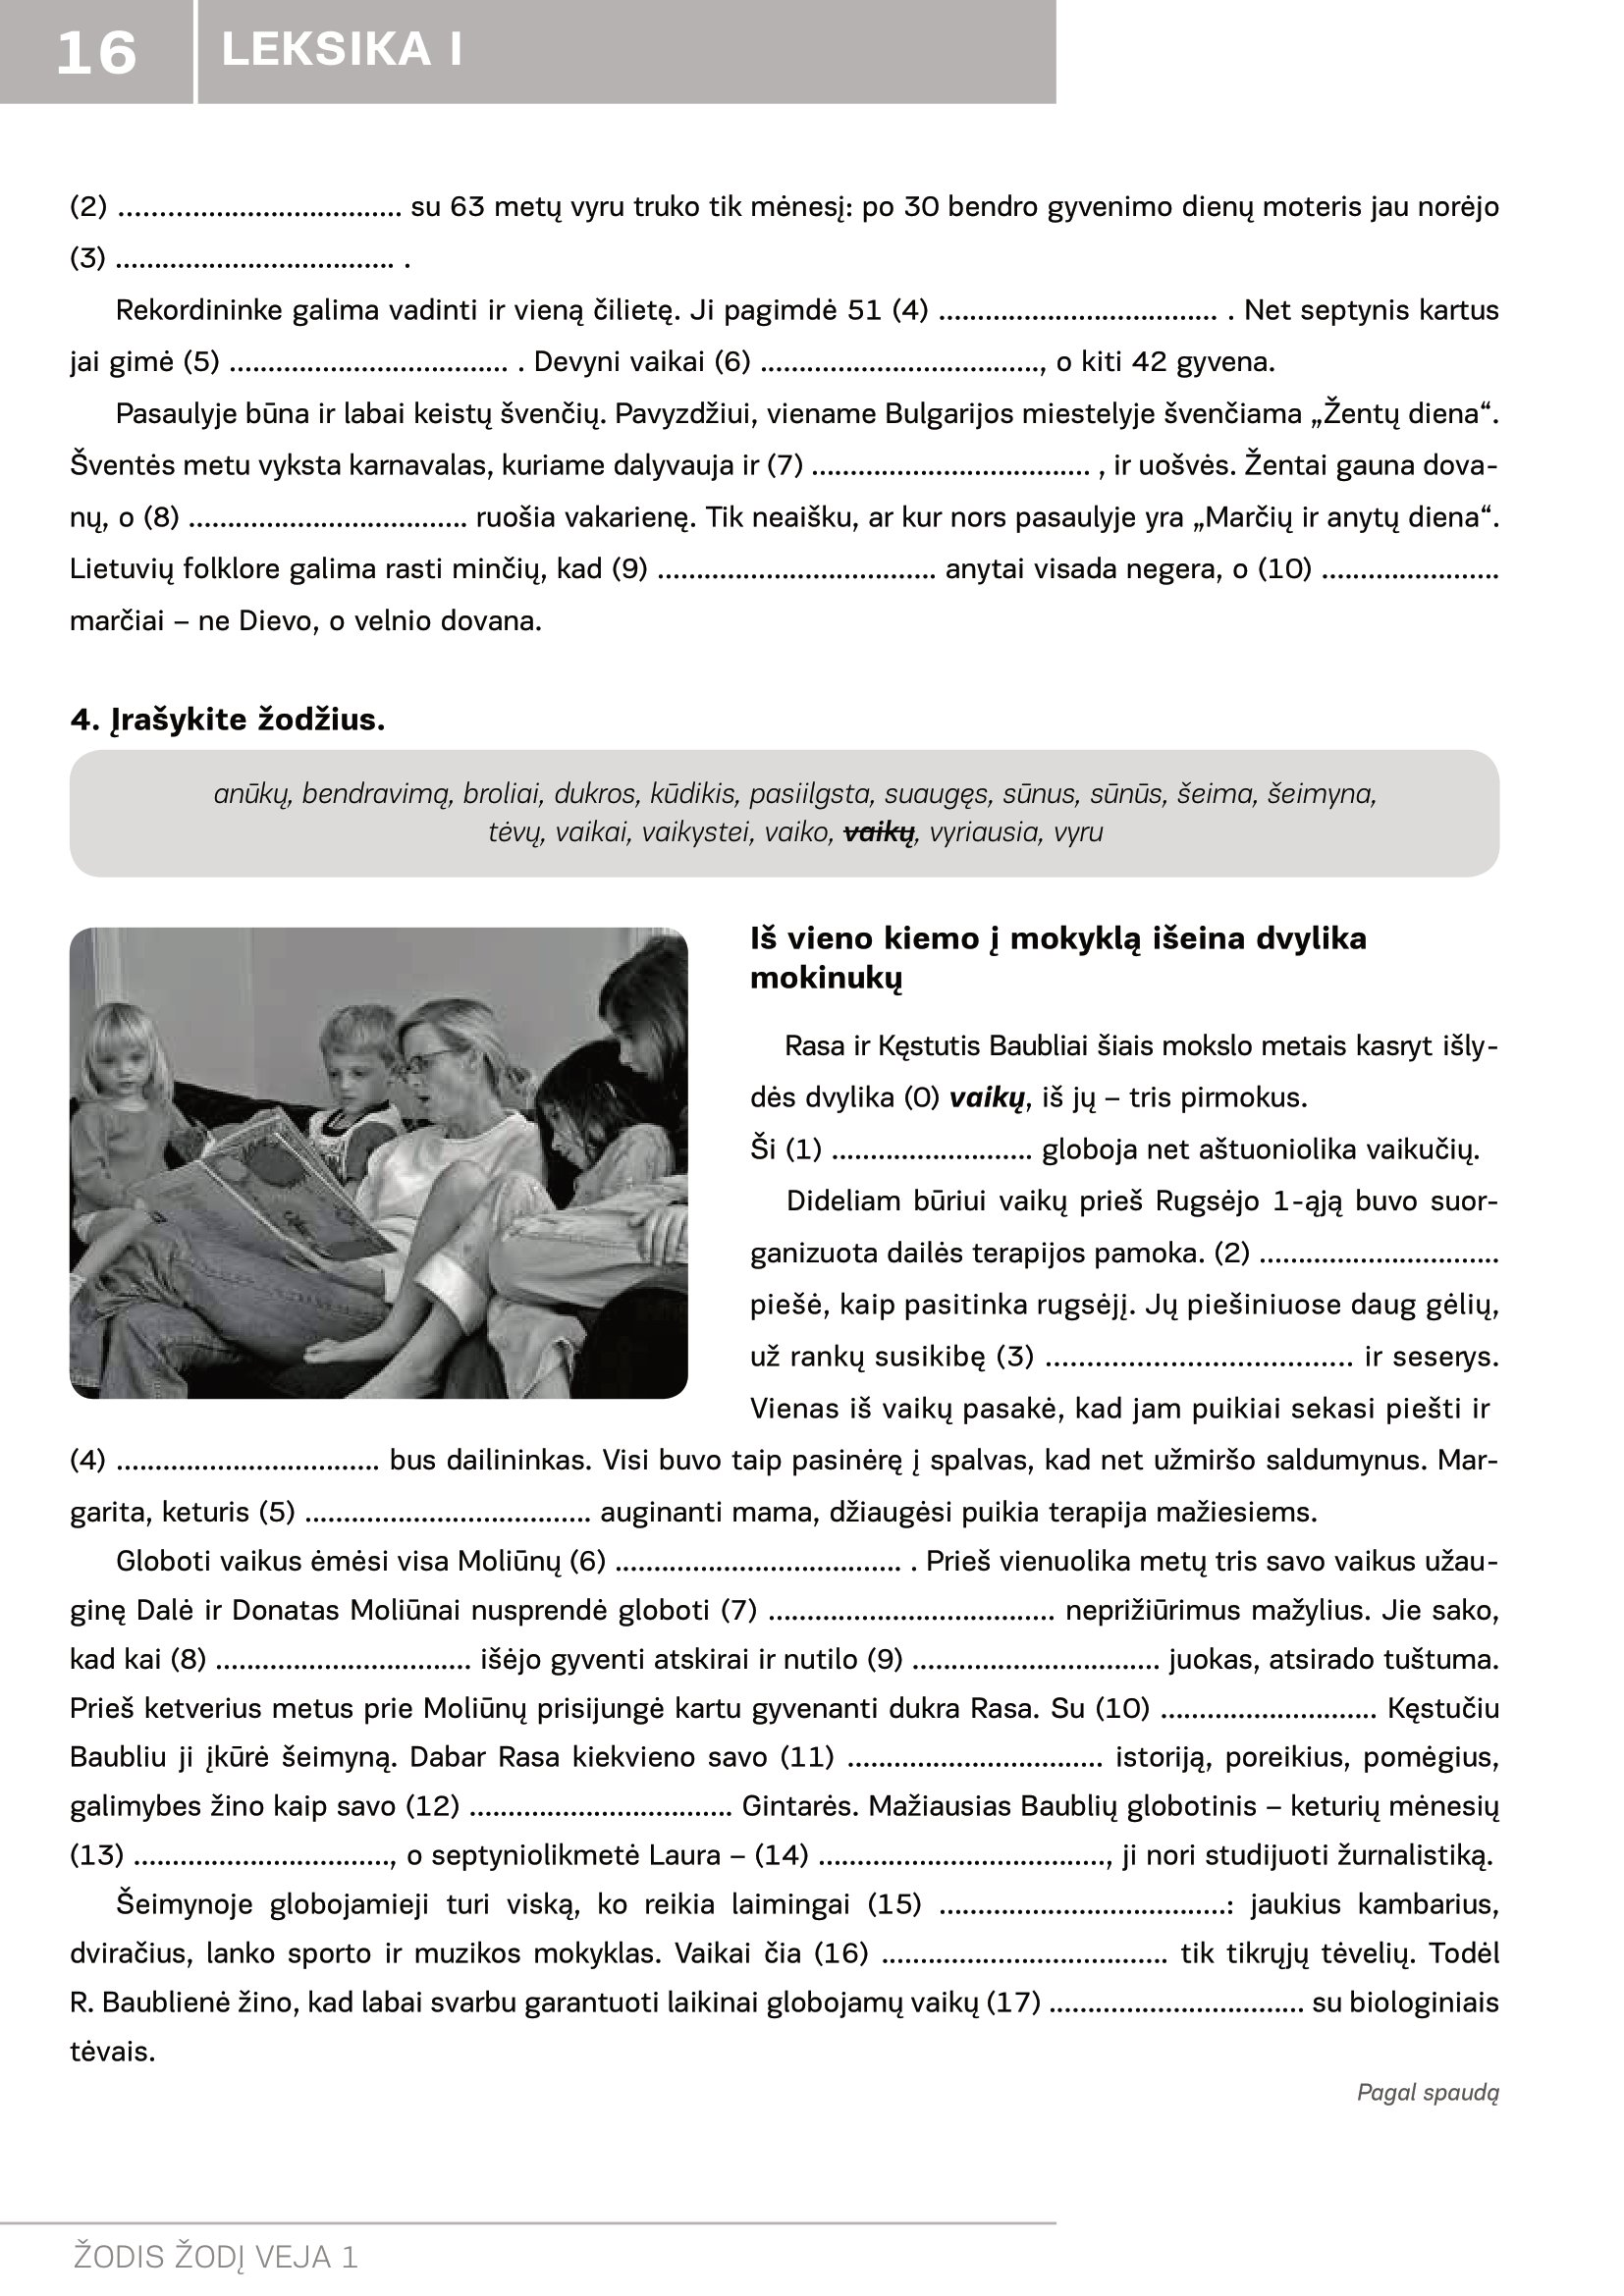
Language: lt